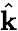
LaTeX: \hat{\mathbf{k}}